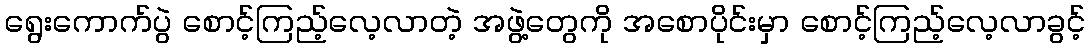
ရွေးကောက်ပွဲ စောင့်ကြည့်လေ့လာတဲ့ အဖွဲ့တွေကို အစောပိုင်းမှာ စောင့်ကြည့်လေ့လာခွင့်